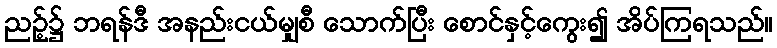
ညဉ့်၌ ဘရန်ဒီ အနည်းငယ်မျှစီ သောက်ပြီး စောင်နှင့်ကွေး၍ အိပ်ကြရသည်။